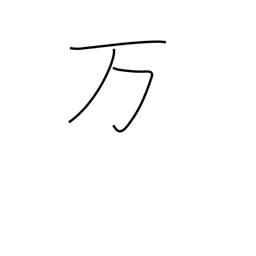
Meaning: ten thousand